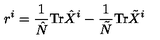
r ^ { i } = \frac { 1 } { \hat { N } } \mathrm { T r } \hat { X } ^ { i } - \frac { 1 } { \tilde { N } } \mathrm { T r } \tilde { X } ^ { i }